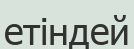
етіндей